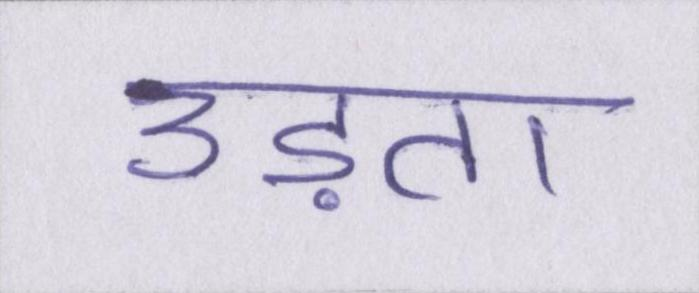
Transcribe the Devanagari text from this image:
उड़ता